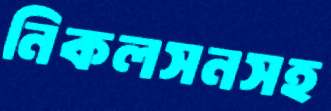
নিকলসনসহ